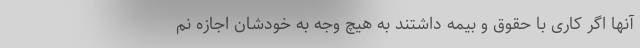
آنها اگر کاری با حقوق و بیمه داشتند به هیچ وجه به خودشان اجازه نم